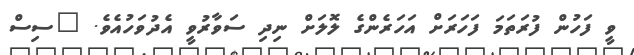
ވީ ފަހުން ފުރަތަމަ ފަހަރަށް އަހަރެންގެ ލޮލަށް ނިދި ސަވާރުވީ އެދުވަހުއެވެ. "ސިސް